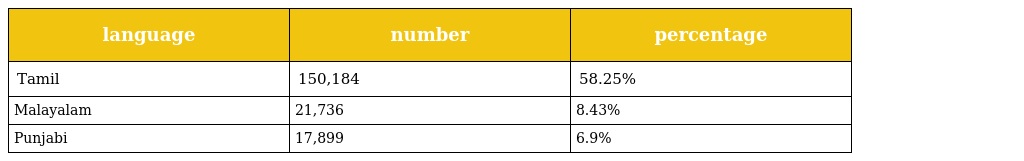
| language | number | percentage |
 | --- | --- | --- |
 | Tamil | 150,184 | 58.25% |
 | Malayalam | 21,736 | 8.43% |
 | Punjabi | 17,899 | 6.9% |